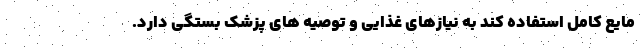
مایع کامل استفاده کند به نیازهای غذایی و توصیه های پزشک بستگی دارد.